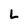
Character: L